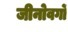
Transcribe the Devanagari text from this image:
जीनोवर्गों